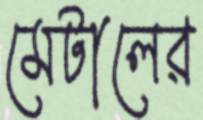
মেটালের